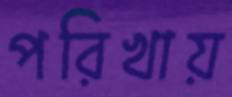
পরিখায়